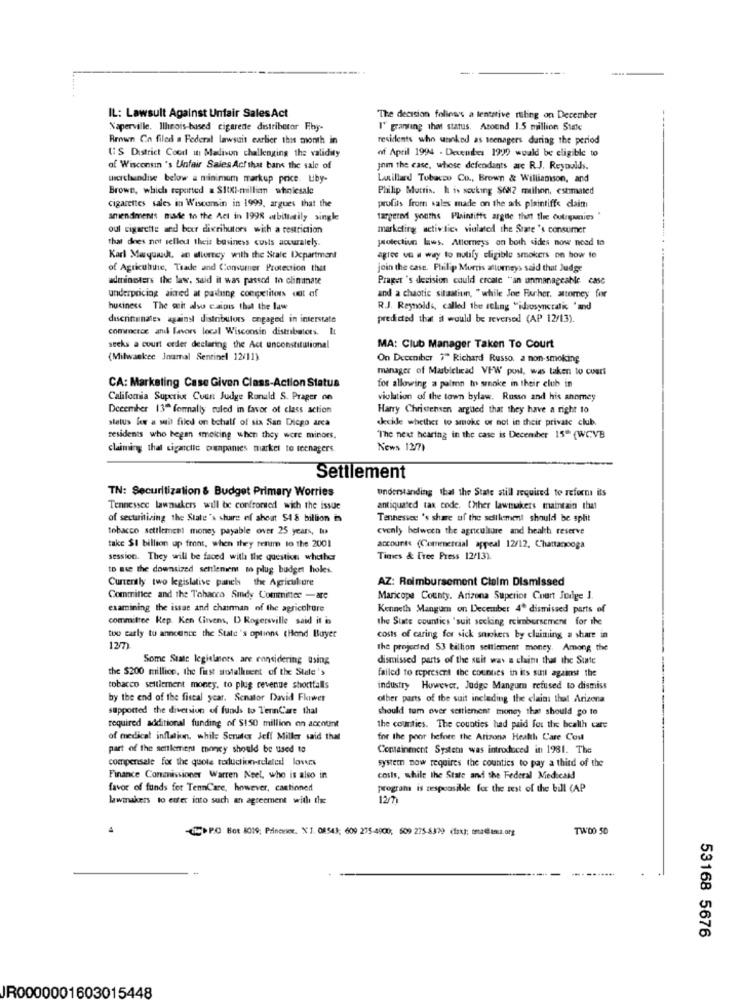
IL: Lawsuit Against Unfair Sales Act
The decision foliens a tentative riling on December
Naperville. Ilhnois-based cigarede distribetor Fby-
I' granting that status. Azound 1.5 million State
Brown Cn filed a Federal lawsuit earlier this month in
residents who unnked as teenagers during the period
US District Cood in Madison challenging the validity
of April 1994 - Devembes 1999 would be eligible to
of Wisconsin 's Unfair Sales Achthat bans the sale of
jom the case, whose defendants are R.J. Reynolds.
merchandise below a minimum markup price. Liby-
Luillard Tobacco Co ., Brown & Williamson, and
Brown, which reported a SIX-million wholesale
Philip Muttis. h is seeking $682 mlhon, estimated
cigarettes sales in Wisconsin in 1999, argues that the
profits from sales made on the ak plaintiffe dain
amendments made to the Act in 1998 atbittatily single
targeted youths Plaintiffs argue that the oulegumnies
oul cigarette and bour divributors wich a restriction
marketing activities violated the State 's consumer
That does not selled their business costs accuralely.
protection laws. Attorneys on both sides now need to
Karl Mayundt, an attorney with the State Department
agros ve a way to notify cligible smokers on how to
of Agriculture, Trade and Consumer Protection that
join the case. Philip Morris attorneys said that Judge
administers the law. said it was passed to climate
Prager 's decision could ercale "an unmanageable case
underpricing aimed at pashung competitors dat af
and a chaotic situation, "while Joe Forher, attomey for
hucinese The suit also caiois that the law
R.J. Reynolds, called the ruling "idiosyncratic "and
discriminate against distributors engaged in interstate
predicted that it would be reversed (AP 12/13).
commerce and Favors local Wisconsin distributors. It
seeks a court order declaring the Act unconstitutional
MA: Club Manager Taken To Court
(Milwaukee Jnumal Sentinel 12/11)
On Deeeniber "" Richard Russo. a non-smoking
manager of Marblelicad VFW post, was taken to cuers
CA: Marketing Case Given Class-Action Status
for allowing a palron to srnoke in their club in
Califomia Superie Coun Judge Ronald S. Prager on
violation of the town bylaw. Russo and his anomey
December 13" fornally ruled in favor of class action
Harry Christensen argued that they have a right to
status low a suit filed on behalf of six San Diego area
kcide whether to smoke or not in their private club.
residents who began smoking when they were minors,
"The next hearing in the case is December 15" (WCVB
claiming that cigarclic ouunpanies market to teenagers.
News 12/7)
Settlement
TN: Securitization & Budget Primary Worries
understanding that the State still required to reforma its
Tennessee lawnukers will be confronted with the issue
antiquated tax code. Other lawmakers maintain that
of sectuitizing the State's share of about $4 8 billion in
Tennessee 's share of the selilement should be split
tobacco settlement money payable over 25 years, tu
evenly between the agriculture and health reserve
take $1 billion up front, when they resum to the 2001
accounts (Commercial appeal 12/12, Chattanooga
session. They will be faced with the question whether
Tines & Free Press 12/13).
to Be the downsized settlenem mo plug budget holes.
Currently two legislative panels the Agriculture
AZ: Reimbursement Claim Dismissed
Commifice and the Tobacco Smdy Committee -are
Maricopa County. Arizona Superior Court Judge 1.
examining the issue and chainnan of the agriculture
Kenneth Mangum on December 4º dismissed parts of
committee Rep. Ken Cirvens, D Rogersville said it in
the State countics 'suit secking reimbursement for the
too early to announce the State's options (Hond Buyer
costs of caring for sick snikers by claiming a share in
127
the projected 3 billion settlement money. Among the
Some State legislaers are considering using
dismissed parts of the suit was a claim that the Sunte
the $200 million, the first anotalkment of the State's
failed to represent the counties in its suit against the
tobacco settlement money. to plug revenue shorttalls
industry However, Judge Mangum refused to dismiss
by the end of the fiscal year. Senator David Flower
other parts of the suit including the claims that Arizona
supported the diversion of funds to TennCare that
should tum over settlement money that should go to
required additional funding of $150 million on account
the counties. The counties had paid for the health care
of medical inflation, while Scruter Jeff Miller said that
for the poor before the Arizona Health Care Com
part of the settlement money should be used to
Containment System was introduced in 1981. The
compensele for the quote toduction-related! lovers
system now requires the counties to pay a third of the
Finance Commissioner Warren Neel, who is also in
costs, while the State and the Federal Medicaid
favor of funds for TennCare, however, castioned
programa is responsible for the rest of the bill CAP
lawmakers to enter into such an agreement with the
12/71
>PO Bot 8019; Princeice, XJ. 08543; 609 275-4900; 509 275-8329 (fax); tetalima.org
TWOO 50
53168 5676
R0000001603015448